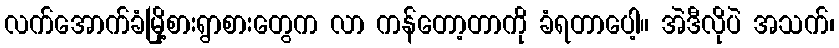
လက်အောက်ခံမြို့စားရွာစားတွေက လာ ကန်တော့တာကို ခံရတာပေါ့။ အဲဒီလိုပဲ အသက်၊